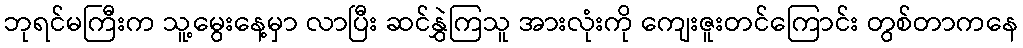
ဘုရင်မကြီးက သူ့မွေးနေ့မှာ လာပြီး ဆင်နွှဲကြသူ အားလုံးကို ကျေးဇူးတင်ကြောင်း တွစ်တာကနေ